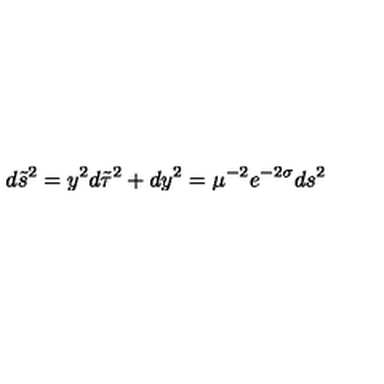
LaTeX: d \tilde { s } ^ { 2 } = y ^ { 2 } d \tilde { \tau } ^ { 2 } + d y ^ { 2 } = \mu ^ { - 2 } e ^ { - 2 \sigma } d s ^ { 2 }